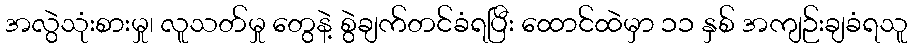
အလွဲသုံးစားမှု၊ လူသတ်မှု တွေနဲ့ စွဲချက်တင်ခံရပြီး ထောင်ထဲမှာ ၁၁ နှစ် အကျဉ်းချခံရသူ